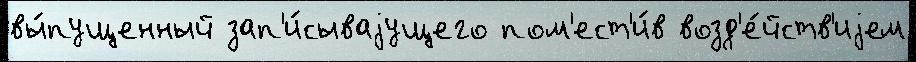
вы́пущенный зап'и́сываjущего пом'ест'и́в возд'е́йств'иjем